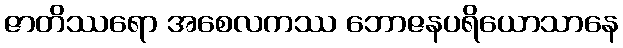
ဇာတိဿရော အစေလကဿ ဘောဇနပရိယောသာနေ